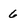
Character: 6